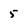
Character: 5